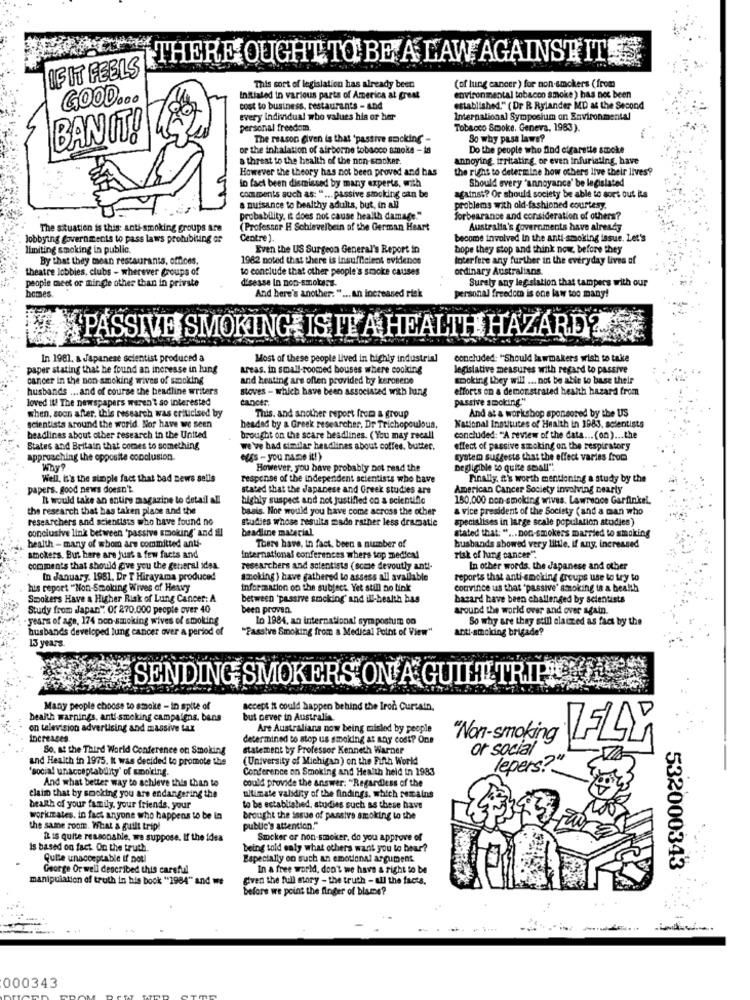
THERE OUGHT TO BE A LAW AGAINST IT!
IF IT FEELS
This sort of legislation has already been
(of lung cancer) for non-smokers (from
GOOD ...
Initialed in various parts of America at great
environmental tobacco smoke) has not been
cost to business, restaurants - and
established." ( Dr R Rylander MD at the Second
every Individual who values his or her
International Symposium on Environmental
personal freedom.
Tobacco Smoke, Geneva, 1983).
BAN IT!
The reason given is that 'passive sucking
So why pass laws?
or the inhalation of airborne tobacco smoke - la
Do the people who find cigarette smoke
& threat to the health of the non-socker.
annoying irritating, or even infuriating, have
However the theory has not been proved and has
the right to determine how others live their lives?
in fact been dismissed by many experts, with
Should every "annoyance' be legislated
comments such as: " ... passive smoking can be
against? Or should society be able to sort out its
a nuisance to healthy adults, but, in all
problems with old-fashioned courtesy.
probability. it does not cause health damage."
forbearance and consideration of others?
The situation is this: anti-smoking groups are
(Professor H Schlevelbein of the German Heart
Australia's governments have already
lobbying governments to pass laws prohibiting or
Centre ).
become involved In the anti-smoking issue. Let's
limiting smoking in public.
Even the US Surgeon General's Report in
hope they stop and think now, before they
By that they mean restaurants, offices.
1982 noted that there is insufficient evidence
Interfere any further in the everyday lives of
theatre lobbies, clubs - wherever groups of
to conclude that other people's smoke causes
ordinary Australians
disesse In non-smokers.
Surely any leg siation that tampers with our
people meet or mingle other than in private
And here's another: " ... an increased risk
homes.
personal freedom is one law too many!
PASSIVE SMOKINGE IS IT A HEALTH HAZARD
In 1981. a Japanese scientist produced a
Most of these people lived in highly industrial
concluded: "Should lawmakers wish to take
paper stating that he found an increase in lung
areas. in small-roomed bouses where cooking
legislative measures with regard to passive
cancer in the non smoking wives of smoking
and heating are often provided by kerosene
Booking they will ... not be able to base their
husbands ... and of course the headline writers
stoves - which have been associated with lung
efforts on a demonstrated health hazard from
loved it! The newspapers weren't so interested
cancer.
passive smoking."
when, soon after. this research was criticised by
And at a workshop sponsored by the US
This, and another report from a group
scientists around the world. Nor have we seen
headed by a Greek researcher. Dr Trichopoulous,
National Institutes of Health in 1983, scientists
headlines about other research in the United
brought on the scare headlines. ( You may recall
concluded: "A review of the data ... (on) ... the
States and Britain that comes to something
we've had similar headlines about coffee, butter.
effect of passive smoking on the respiratory
approaching the opposite conclusion.
gs - you name it!)
system suggests that the effect varies from
Why?
However, you bave probably not read the
Degligible to quite small".
Well, it's the sunple fact that bad news sells
response of the independent scientists who have
Finally, it's worth mentioning a study by the
papers. good news doesn't.
stated that the Japanese and Greek studies are
American Cancer Society involving nearty
It would take an entire magazine to detail all
highly suspect and not justified co a scientific
180,000 non-smoking wives. Lawrence Garfinkel.
the research that has taken place and the
basis. Nor would you have come across the other
& vice president of the Society (and a man who
researchers and scientists who have found no
studies whose results made rather less dramatie
specialises in large scale population studies)
conclusive link between "passive smoking' and all
beadline material
stated that: " ... non-smokers married to smoking
health - many of whom are committed anti-
There have, in fact, been a number of
husbands showed very little, if any. increased
smokers. But here are just a few facts and
International conferences where top medical
risk of lung cancer".
comments that should give you the general idea
researchers and scientists (scmse devoutly anti-
In other words, the Japanese and other
In January. 1981. Dr T Hirayama produced
smoking ) have gathered to assess all available
reports that anti-smoking groups use to try to
his report "Non-Smoking Wives of Heavy
Information on the subject. Yet still no link
convince us that "passive' smoking is a health
Smokers Have a Higher Risk of Lung Cancer: A
between "passive smoking' and ill-health bas
bazard have been challenged by scientists
Study from Japan": Of 270.000 people over 40
been proven.
around the world over and over again.
years of age, 174 non-smoking wives of smoking
lo 1984, an international symposium on
So why are they still claimed as fact by the
husbands developed lung cancer over a period of
"Passive Smoking from a Medical Point of View"
anti-smoking brigade?
13 years.
SENDING SMOKERS ON A GUILL TRIP
Many people choose to smoke - in spite of
accept it could happen behind the Iron Curtain.
health warnings, anti smoking campaigns. bans
but never in Australia.
on television advertising and massive tax
Are Australiana now being misled by people
Increases.
determined to stop us smoking at any cost? One
"Non-smoking
So, at the Third World Conference on Smoking
statement by Professor Kenneth Warner
or social
and Health in 1975. It was decided to promote the
(University of Michigan) on the Fifth World
'social unacceptability' of smoking.
Conference on Smoking and Health held in 1983
lepers?"
And what better way to achieve this than to
could provide the answer: "Regardless of the
elatio that by smoking you are endangering the
ultimate validity of the findings, which remains
health of your family, your friends, your
to be established, studies such as these have
worki ates. in fact anyone who happens to be in
brought the issue of passive smoking to the
he same room. What & guilt tripl
public's attention."
It is quite reasonable, we suppose. If the idea
Smoker or non-smoker. do you approve of
Is based on fact. On the truth
being told ealy what others want you to bear?
Quile unacceptable if notl
Especially on such an emotional argument.
George Or well described this careful
In a free world, don't we have a right to be
532000343
manipulation of truth in his book "1984" and me
given the full story - the truth - all the facts.
before we point the finger of blame?
000343